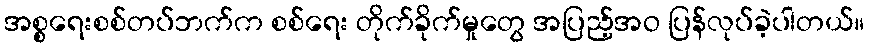
အစ္စရေးစစ်တပ်ဘက်က စစ်ရေး တိုက်ခိုက်မှုတွေ အပြည့်အဝ ပြန်လုပ်ခဲ့ပါတယ်။